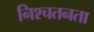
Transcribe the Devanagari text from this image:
निश्चतनता